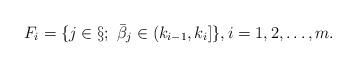
LaTeX: \begin{align*} F_i=\{j\in\S;\ \bar \beta_j\in (k_{i-1},k_i]\},i=1,2,\ldots,m.\end{align*}